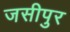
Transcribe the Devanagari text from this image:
जसीपुर